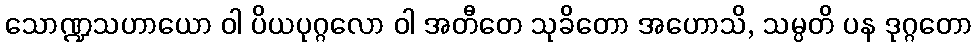
သောဏ္ဍသဟာယော ဝါ ပိယပုဂ္ဂလော ဝါ အတီတေ သုခိတော အဟောသိ, သမ္ပတိ ပန ဒုဂ္ဂတော